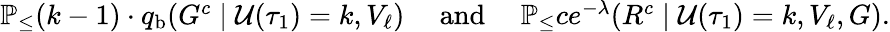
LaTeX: \begin{array}{r}{\mathbb{P}_\leq(k-1)\cdot q_{\mathrm{b}}\! \left(G^{c}\; \middle\vert\; \mathcal{U}(\tau_{1})=k,V_{\ell}\right)\quad\mathrm{~and~}\quad\mathbb{P}_\leq ce^{-\lambda}\! \left(R^{c}\; \middle\vert\; \mathcal{U}(\tau_{1})=k,V_{\ell},G\right).}\end{array}